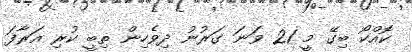
ކޮއްކޯ ބިގޭ މީ 21 ވަނަ ގަރުނު ދިވެހިން ތިބީ ކުރި އަރާފަ